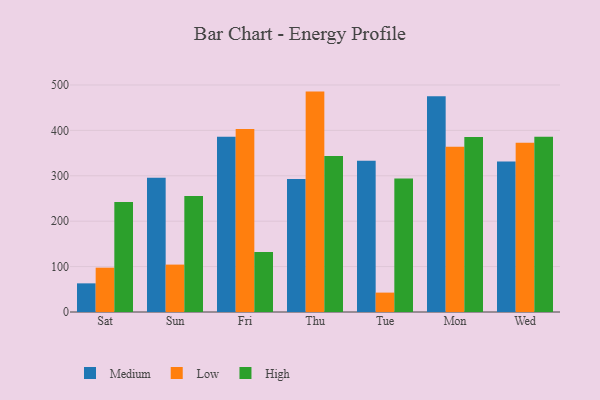
{"axis": {"x": "Day", "y": "Churn Rate (%)"}, "legend": ["High", "Low", "Medium"], "data": [{"x": "Sat", "y": 63.1, "type": "Medium"}, {"x": "Sat", "y": 97.6, "type": "Low"}, {"x": "Sat", "y": 242.1, "type": "High"}, {"x": "Sun", "y": 295.8, "type": "Medium"}, {"x": "Sun", "y": 104.4, "type": "Low"}, {"x": "Sun", "y": 255.2, "type": "High"}, {"x": "Fri", "y": 385.9, "type": "Medium"}, {"x": "Fri", "y": 403.3, "type": "Low"}, {"x": "Fri", "y": 132.2, "type": "High"}, {"x": "Thu", "y": 292.9, "type": "Medium"}, {"x": "Thu", "y": 485.4, "type": "Low"}, {"x": "Thu", "y": 343.4, "type": "High"}, {"x": "Tue", "y": 332.9, "type": "Medium"}, {"x": "Tue", "y": 42.7, "type": "Low"}, {"x": "Tue", "y": 294.1, "type": "High"}, {"x": "Mon", "y": 475.2, "type": "Medium"}, {"x": "Mon", "y": 364.0, "type": "Low"}, {"x": "Mon", "y": 385.2, "type": "High"}, {"x": "Wed", "y": 331.5, "type": "Medium"}, {"x": "Wed", "y": 372.6, "type": "Low"}, {"x": "Wed", "y": 386.2, "type": "High"}]}